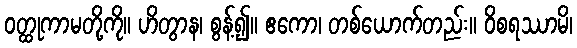
ဝတ္ထုကာမတို့ကို။ ဟိတွာန၊ စွန့်၍။ ဧကော၊ တစ်ယောက်တည်း။ ဝိစရဿာမိ၊